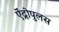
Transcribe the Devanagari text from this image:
ऐंद्रोपुलस